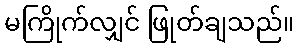
မကြိုက်လျှင် ဖြုတ်ချသည်။